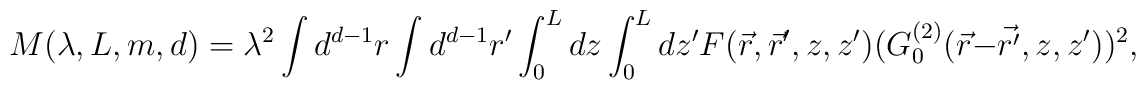
M(\lambda,L,m,d)=\lambda^{2}\int d^{d-1}r \int d^{d-1}r^{\prime}\int_{0}^{L}dz \int_{0}^{L}dz^{\prime} F(\vec{r},\vec{r}',z,z')(G_{0}^{(2)}(\vec{r}-\vec{{r}^{\prime}},z,z^{\prime}))^2,